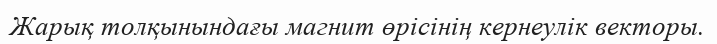
Жарық толқынындағы магнит өрісінің кернеулік векторы.